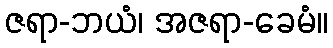
ဇရာ-ဘယံ၊ အဇရာ-ခေမံ။